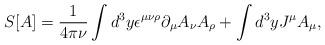
LaTeX: \begin{align*}S[A]=\frac{1}{4\pi \nu}\int d^3y \epsilon^{\mu\nu\rho}\partial_{\mu}A_{\nu}A_{\rho}+\int d^3y J^{\mu}A_{\mu},\end{align*}